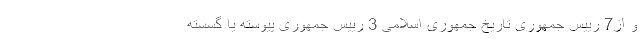
و از7 رییس جمهوری تاریخ جمهوری اسلامی 3 رییس جمهوری پیوسته یا گسسته